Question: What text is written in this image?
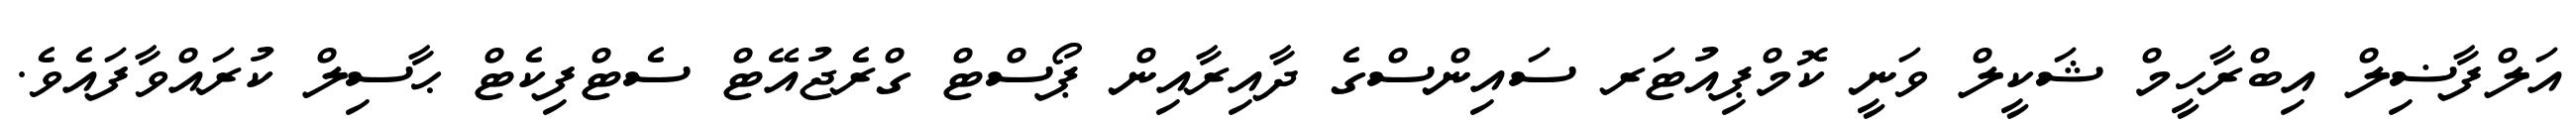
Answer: އަލްފާޟިލް އިބްރާހީމް ޝަކީލް ވަނީ ކޮމްޕިއުޓަރ ސައިންސްގެ ދާއިރާއިން ޕޯސްޓް ގްރެޖުއޭޓް ސެޓްފިކެޓް ޙާސިލް ކުރައްވާފައެވެ.